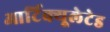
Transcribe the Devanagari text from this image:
आर्टिक्यूलेटेड